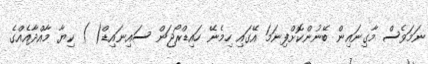
ނަމަވެސް މާގިނައިން ބޭނުންކޮށްފިނަމަ އޭގައި ހިމެނޭ ހައިޑްރޯޖަން ސައިނައިޑް( ) ކިޔާ މާއްދާއެއްގެ